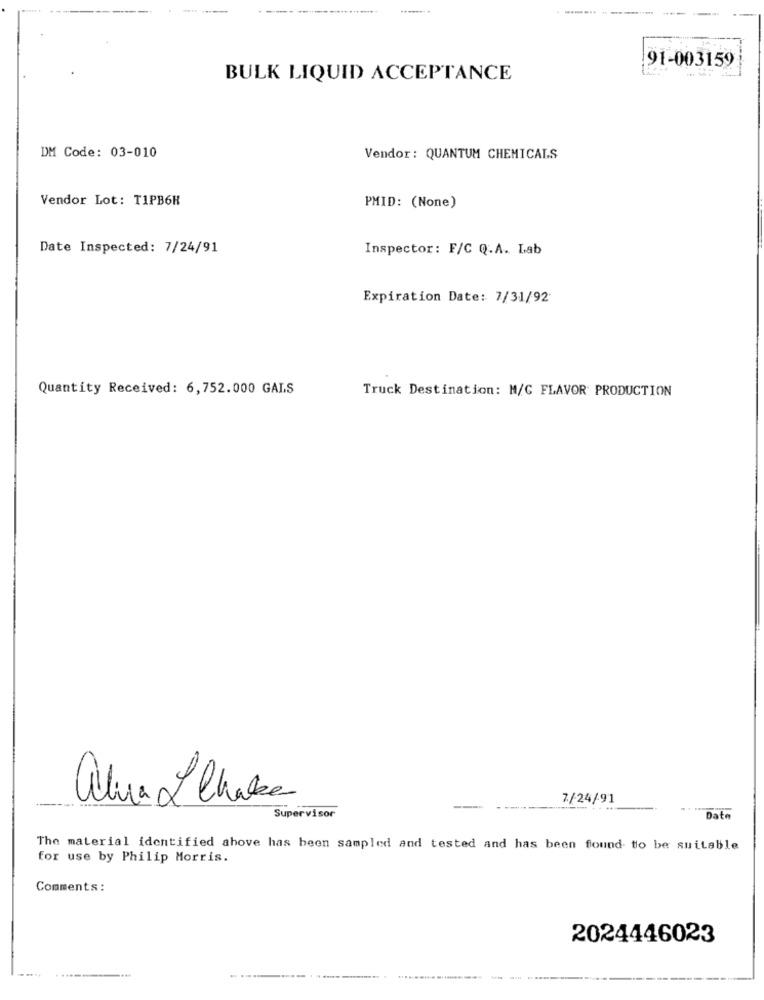
91-003159
BULK LIQUID ACCEPTANCE
DM Code: 03-010
Vendor : QUANTUM CHEMICALS
Vendor Lot: TIPB6H
PMID: (None)
Date Inspected: 7/24/91
Inspector: F/C Q.A. Lab
Expiration Date: 7/31/92
Quantity Received: 6,752.000 GALS
Truck Destination: M/C FLAVOR PRODUCTION
alva I Chake
7/24/91
----.
Supervisor
Date
The material identified above has been sampled and tested and has been found to be suitable
for use by Philip Morris.
Comments:
2024446023
.....
......